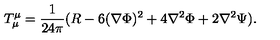
T _ { \mu } ^ { \mu } = \frac { 1 } { 2 4 \pi } ( R - 6 ( \nabla \Phi ) ^ { 2 } + 4 \nabla ^ { 2 } \Phi + 2 \nabla ^ { 2 } \Psi ) .